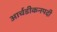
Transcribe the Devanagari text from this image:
आर्चडीकनपदी